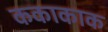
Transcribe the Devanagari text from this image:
ककाकाक